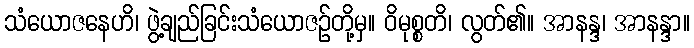
သံယောဇနေဟိ၊ ဖွဲ့ချည်ခြင်းသံယောဇဉ်တို့မှ။ ဝိမုစ္စတိ၊ လွတ်၏။ အာနန္ဒ၊ အာနန္ဒာ။